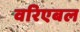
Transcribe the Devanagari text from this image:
वरिएबल